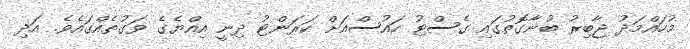
މުހައްމަދު ޖާބިރު ބުނާގޮތުގައި ގެސްޓު ހައުސްއަށް ކަރަންޓު ދިނީ އިއްޔެގެ ވަގުތެއްގައެވެ. އަދި